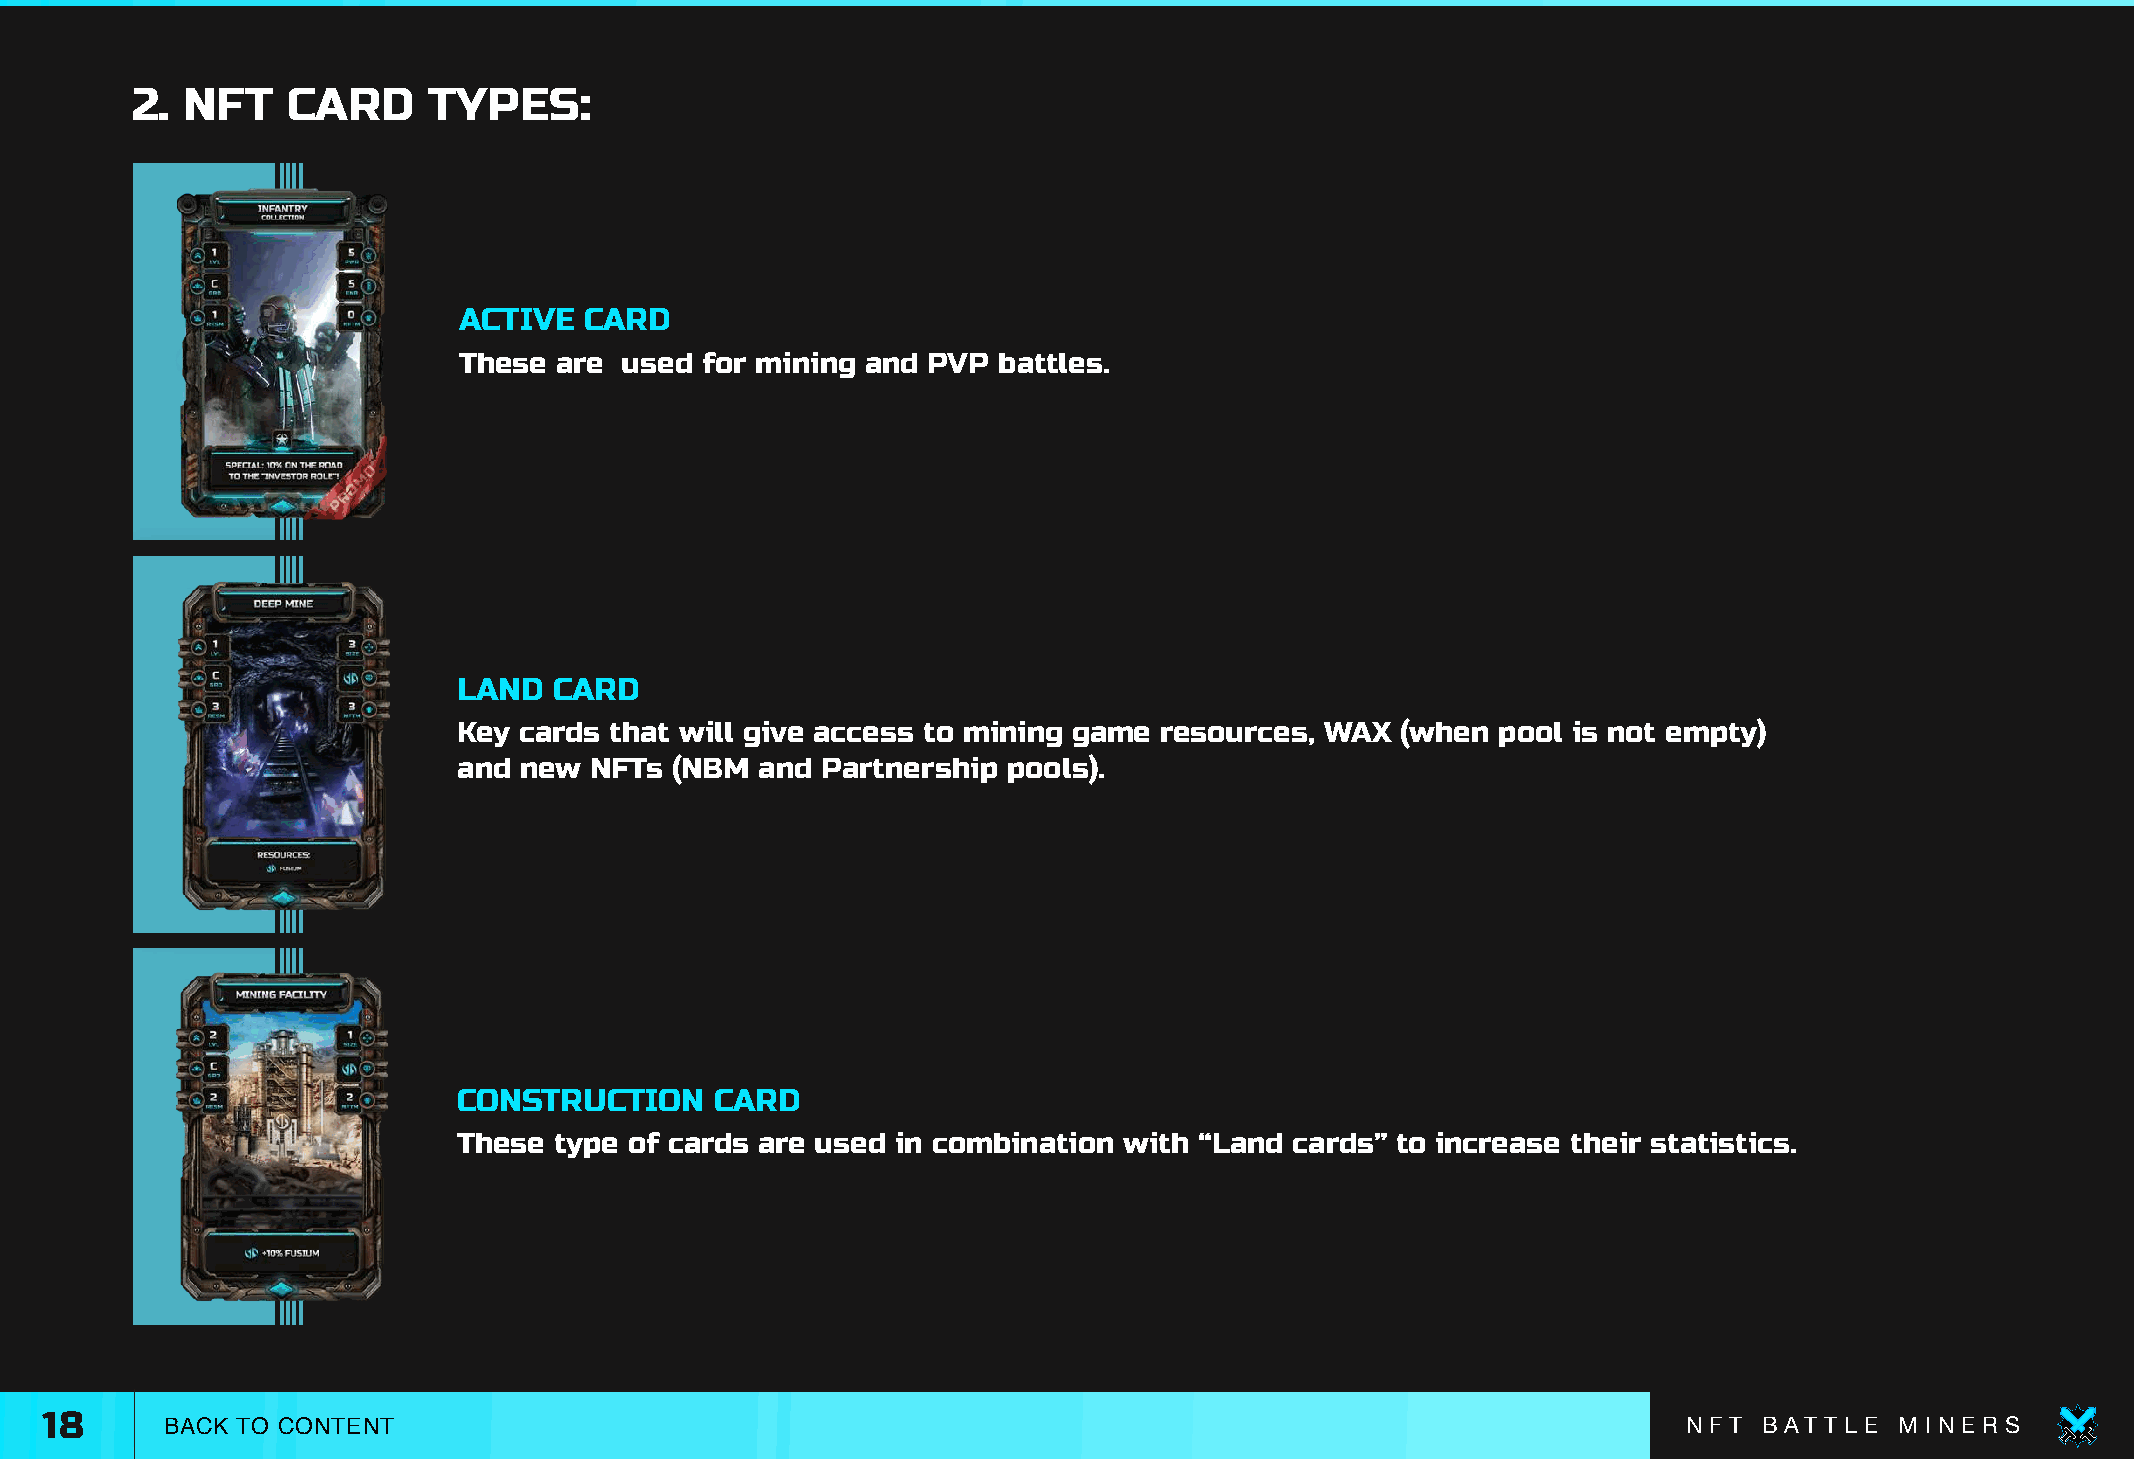
2. NFT    CARD     TYPES:
 ACTIVE   CARD
 These  are used for mining and PVP  battles.
 LAND   CARD
 Key cards that will give access to mining game resources, WAX  (when pool is not empty)
 and new  NFTs (NBM  and Partnership  pools).
 CONSTRUCTION     CARD
 These  type of cards are used in combination with “Land cards” to increase their statistics.
 18      BACK TO CONTENT                                                                                      N F T B AT T L E M I N E R S